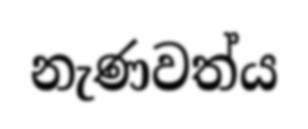
නැණවත්ය